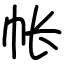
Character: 帐